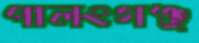
পালংগঞ্জ